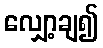
လျှော့ချ၍